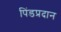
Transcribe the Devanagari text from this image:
पिंडप्रदान